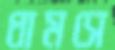
ধামসে